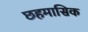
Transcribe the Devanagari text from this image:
छहमासिक